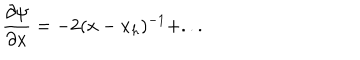
LaTeX: \frac { \partial \psi } { \partial x } = - 2 ( x - x _ { h } ) ^ { - 1 } + . . .